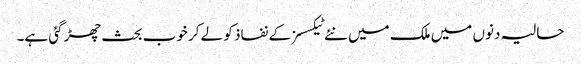
حالیہ دنوں میں ملک میں نئے ٹیکسسز کے نفاذ کو لے کر خوب بحث چھڑ گئی ہے۔